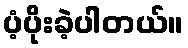
ပံ့ပိုးခဲ့ပါတယ်။